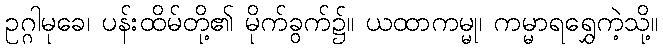
ဥဂ္ဂါမုခေ၊ ပန်းထိမ်တို့၏ မိုက်ခွက်၌။ ယထာကမ္မု၊ ကမ္မာရရွှေကဲ့သို့။